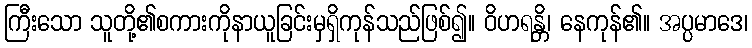
ကြီးသော သူတို့၏စကားကိုနာယူခြင်းမှရှိကုန်သည်ဖြစ်၍။ ဝိဟရန္တိ၊ နေကုန်၏။ အပ္ပမာဒေ၊